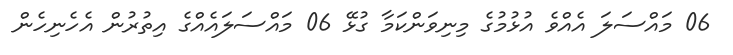
06 މައްސަލަ އެއްވެ އުޅުމުގެ މިނިވަންކަމާ ގުޅޭ 06 މައްސަލައެއްގެ އިތުރުން އެހެނިހެން